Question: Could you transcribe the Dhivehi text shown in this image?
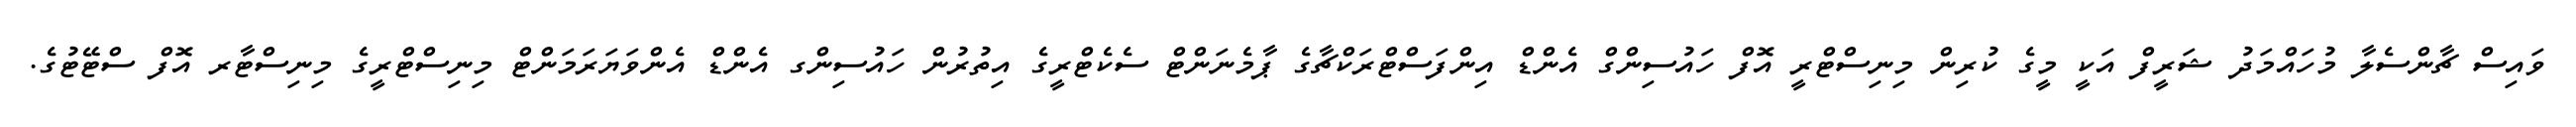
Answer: ވައިސް ޗާންސެލާ މުހައްމަދު ޝަރީފް އަކީ މީގެ ކުރިން މިނިސްޓްރީ އޮފް ހައުސިންގް އެންޑް އިންފަސްޓްރަކްޗާގެ ޕާމެނަންޓް ސެކެޓްރީގެ އިތުރުން ހައުސިންގ އެންޑް އެންވަޔަރަމަންޓް މިނިސްޓްރީގެ މިނިސްޓާރ އޮފް ސްޓޭޓުގެ.